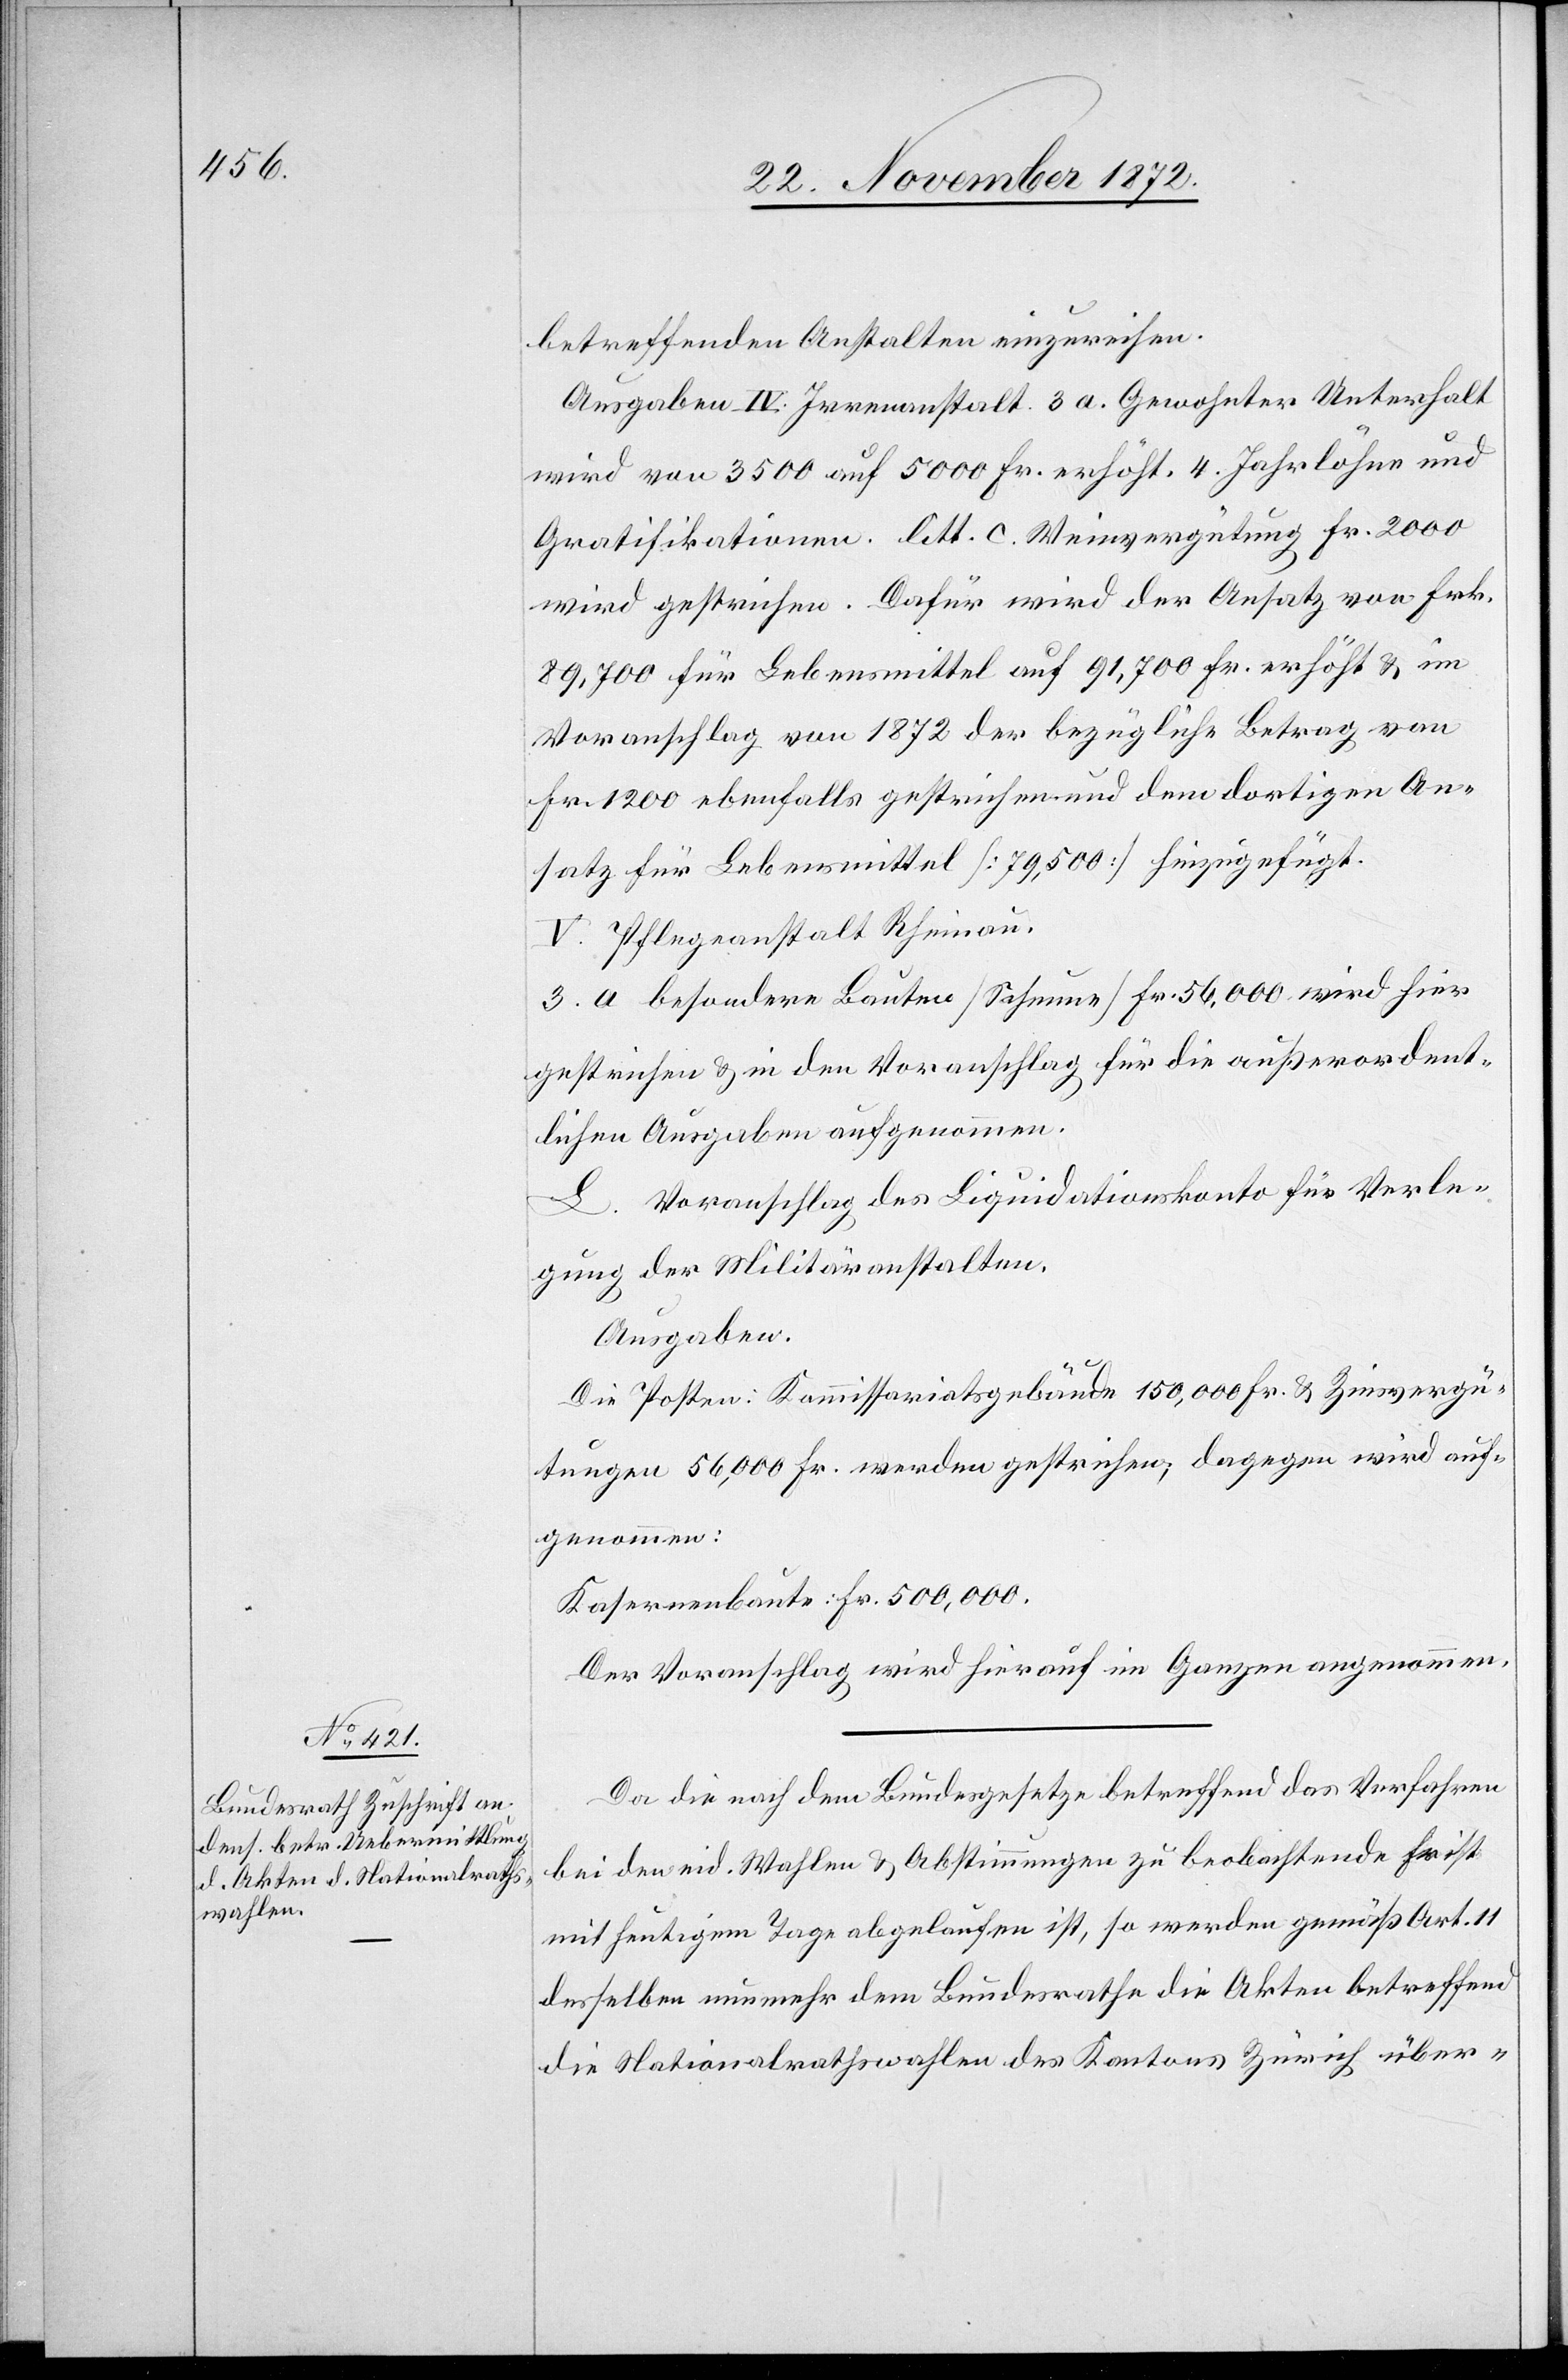
betreffenden Anstalten einzureihen.
Ausgaben IV. Irrenanstalt 3 a. Gewohnter Unterhalt
wird von 3500 auf 5000 Fr. erhöht. 4 Jahrlöhne und
Gratifikationen. litt c. Weinvergütung Fr. 2000
wird gestrichen. Dafür wird der Ansatz von Frk.
89,700 für Lebensmittel auf 91,700 Fr. erhöht u. im
Voranschlag von 1872 der bezügliche Betrag von
Fr. 1200 ebenfalls gestrichen und dem dortigen An¬
satz für Lebensmittel [79,000] hinzugefügt.
V. Pflegeanstalt Rheinau.
3. a besondere Bauten [Scheune] Fr. 56,000 wird hier
gestrichen u. in den Voranschlag für die außerordent¬
lichen Ausgaben aufgenommen.
L. Voranschlag des Liquidationskonto für Verle¬
gung der Militäranstalten.
Ausgaben.
Die Posten: Kommissariatsgebäude 150,000 Fr. u. Zinsvergü¬
tungen 56,000 Fr. werden gestrichen; dagegen wird auf¬
genommen:
Kasernenbaute: Fr. 500,000.
Der Voranschlag wird hierauf im Ganzen angenommen.
Da die nach dem Bundesgesetzes betreffend das Verfahren
bei den eid. Wahlen u. Abstimmungen zu beobachtende Frist
mit heutigem Tage abgelaufen ist, so werden gemäß Art. 11
desselben nunmehr dem Bundesrathe die Akten betreffend
die Nationalrathswahlen des Kantons Zürich über-